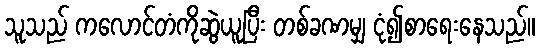
သူသည် ကလောင်တံကိုဆွဲယူပြီး တစ်ခဏမျှ ငုံ၍စာရေးနေသည်။